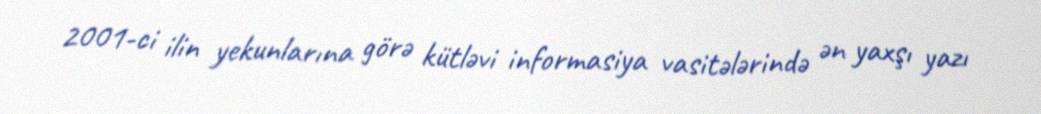
2001-ci ilin yekunlarına görə kütləvi informasiya vasitələrində ən yaxşı yazı